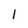
Character: 1